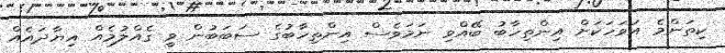
ކިތަންމެ އަވަހަކަށް އިންތިހާބު ބޭއްވި ނަމަވެސް އިންތިހާބުގެ ސަބަބުން ވީ ގެއްލުމެއް އިޔާދައެއް